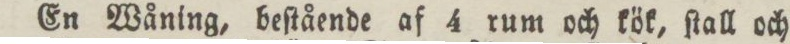
En Wåning, beſtående af 4 rum och kök, ſtall och